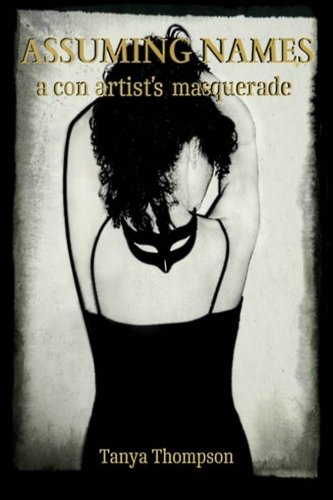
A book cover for Assuming Names: a con artist's masquerade (Criminal Mischief ) (Volume 1); Tanya Thompson; Biographies & Memoirs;